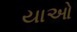
યાઓ